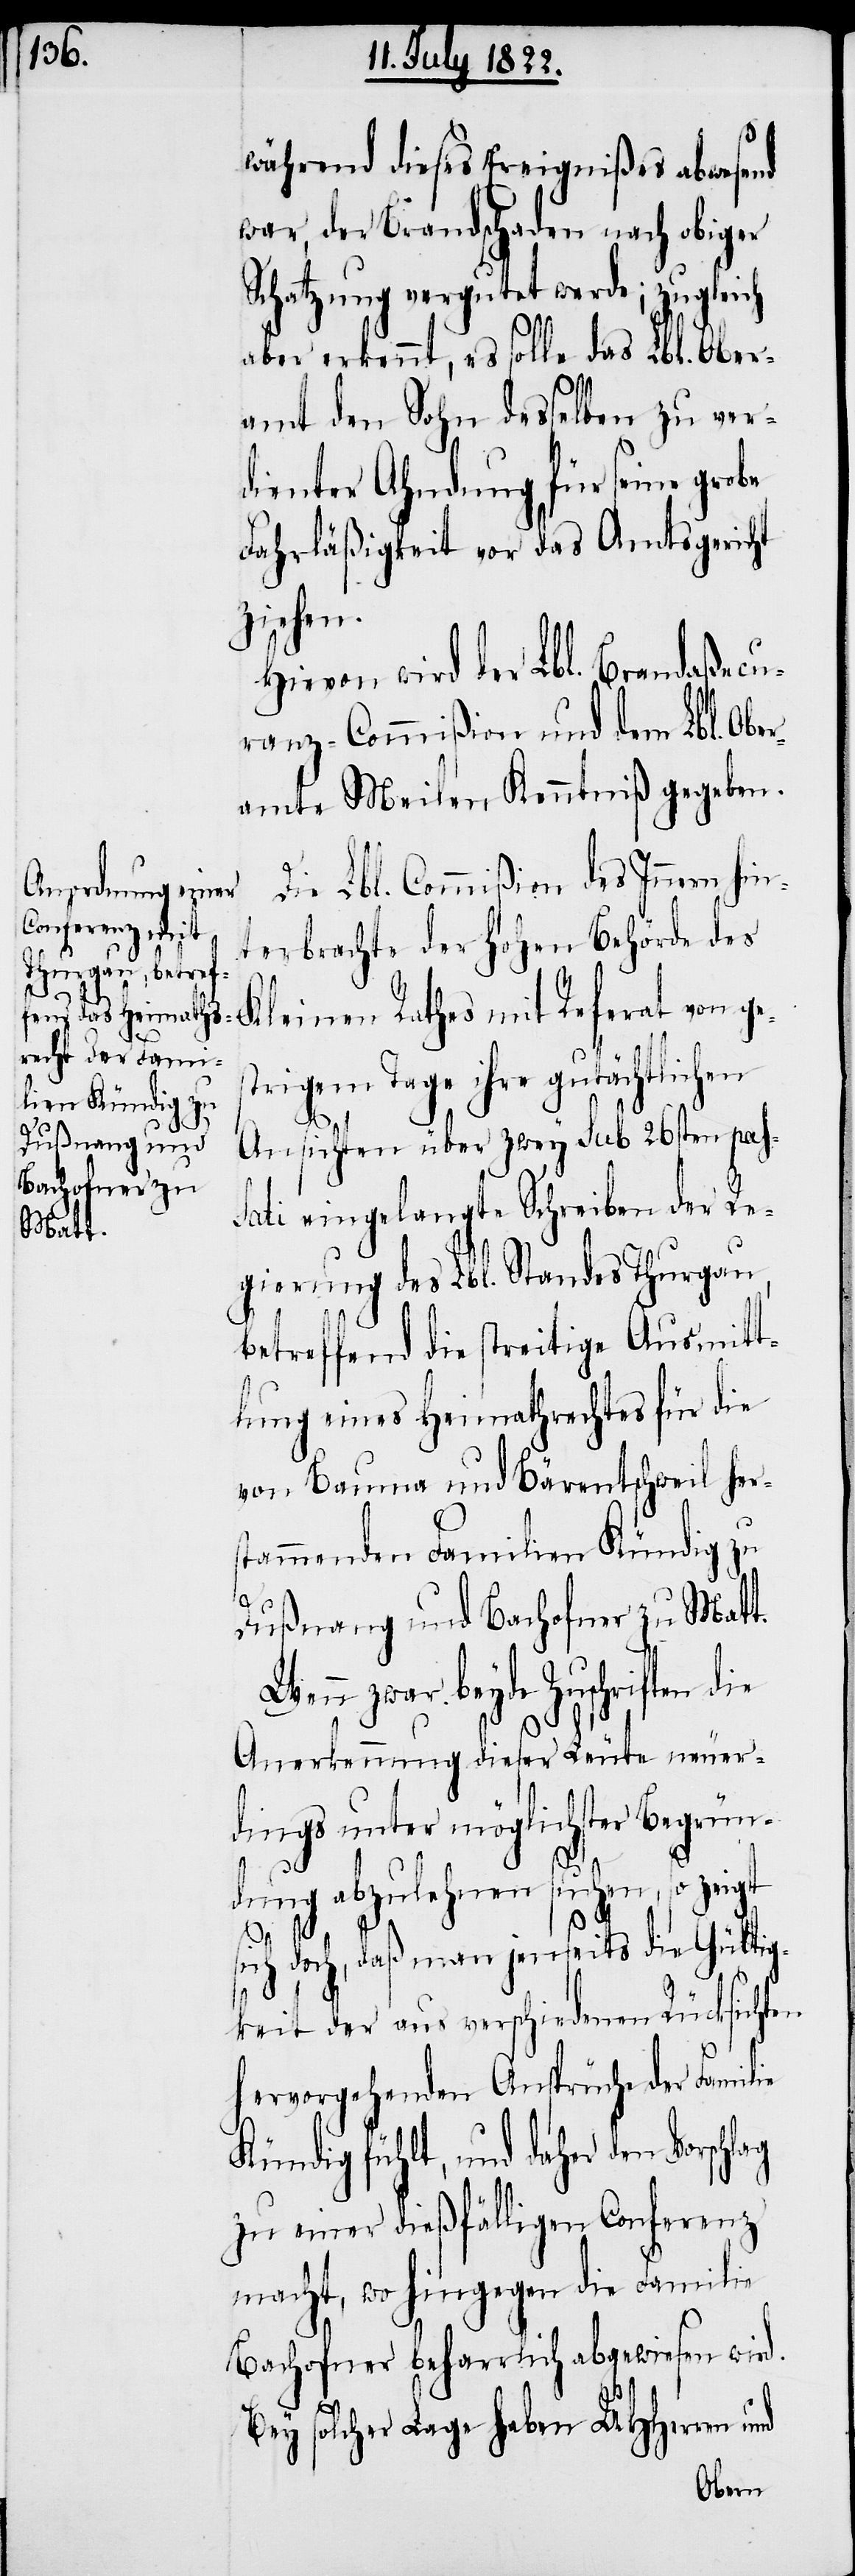
während dieses Ereignißes abwesend
war, der Brandschaden nach obiger
Schatzung vergutet werde; zugleich
aber erkennt, es solle das Lbl. Ober¬
amt den Sohn desselben zu ver¬
dienter Ahndung für seine grobe
Fahrläßigkeit vor das Amtsgericht
ziehen.
Hievon wird der Lbl. Brandaßecu¬
ranz-Commißion und dem Lbl. Ober¬
amte Meilen Kenntniß gegeben.
Die Lbl. Commißion des Innern hin¬
terbrachte der Hohen Behörde des
trigem Tage ihre gutächtlichen
Ansichten über zwey sub 26sten pas¬
sati eingelangte Schreiben der Re¬
gierung des Lbl. Standes Thurgau,
betreffend die streitige Ausmitt¬
lung eines Heimathrechtes für die
von Bauma und Bärentschweil hers¬
tammenden Familien Kündig
lag
Dußnang und Bachofner zu Matt.
nn zwar beyde Zuschriften die
Anerkennung dieser Leute neuer¬
dings unter möglichster Begrün¬
dung abzulehnen suchen, so zei¬
gt
sich doch, daß man jenseits die Gültig¬
keit der aus verschiedenen Rücksichten
hervorgehenden Ansprüche der Familie
Kündig fühlt, und daher den Vorsch¬
zu einer dießfälligen Conferenz
macht, wo hingegen die Familie
Bachofner beharrlich abgewiesen wird.
Bey solcher Lage heben UHHerren